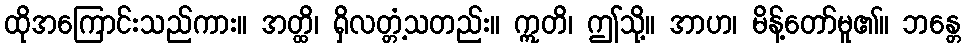
ထိုအကြောင်းသည်ကား။ အတ္ထိ၊ ရှိလတ္တံ့သတည်း။ ဣတိ၊ ဤသို့။ အာဟ၊ မိန့်တော်မူ၏။ ဘန္တေ